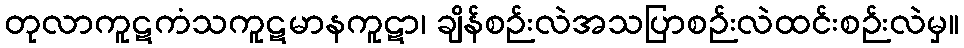
တုလာကူဋကံသကူဋမာနကူဋာ၊ ချိန်စဉ်းလဲအသပြာစဉ်းလဲထင်းစဉ်းလဲမှ။